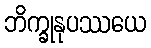
ဘိက္ခုနုပဿယေ